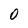
Character: O